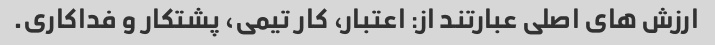
ارزش های اصلی عبارتند از: اعتبار، کار تیمی، پشتکار و فداکاری.